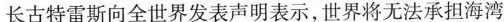
长古特雷斯向全世界发表声明表示，世界将无法承担海湾